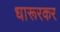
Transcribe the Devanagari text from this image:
धारूरकर